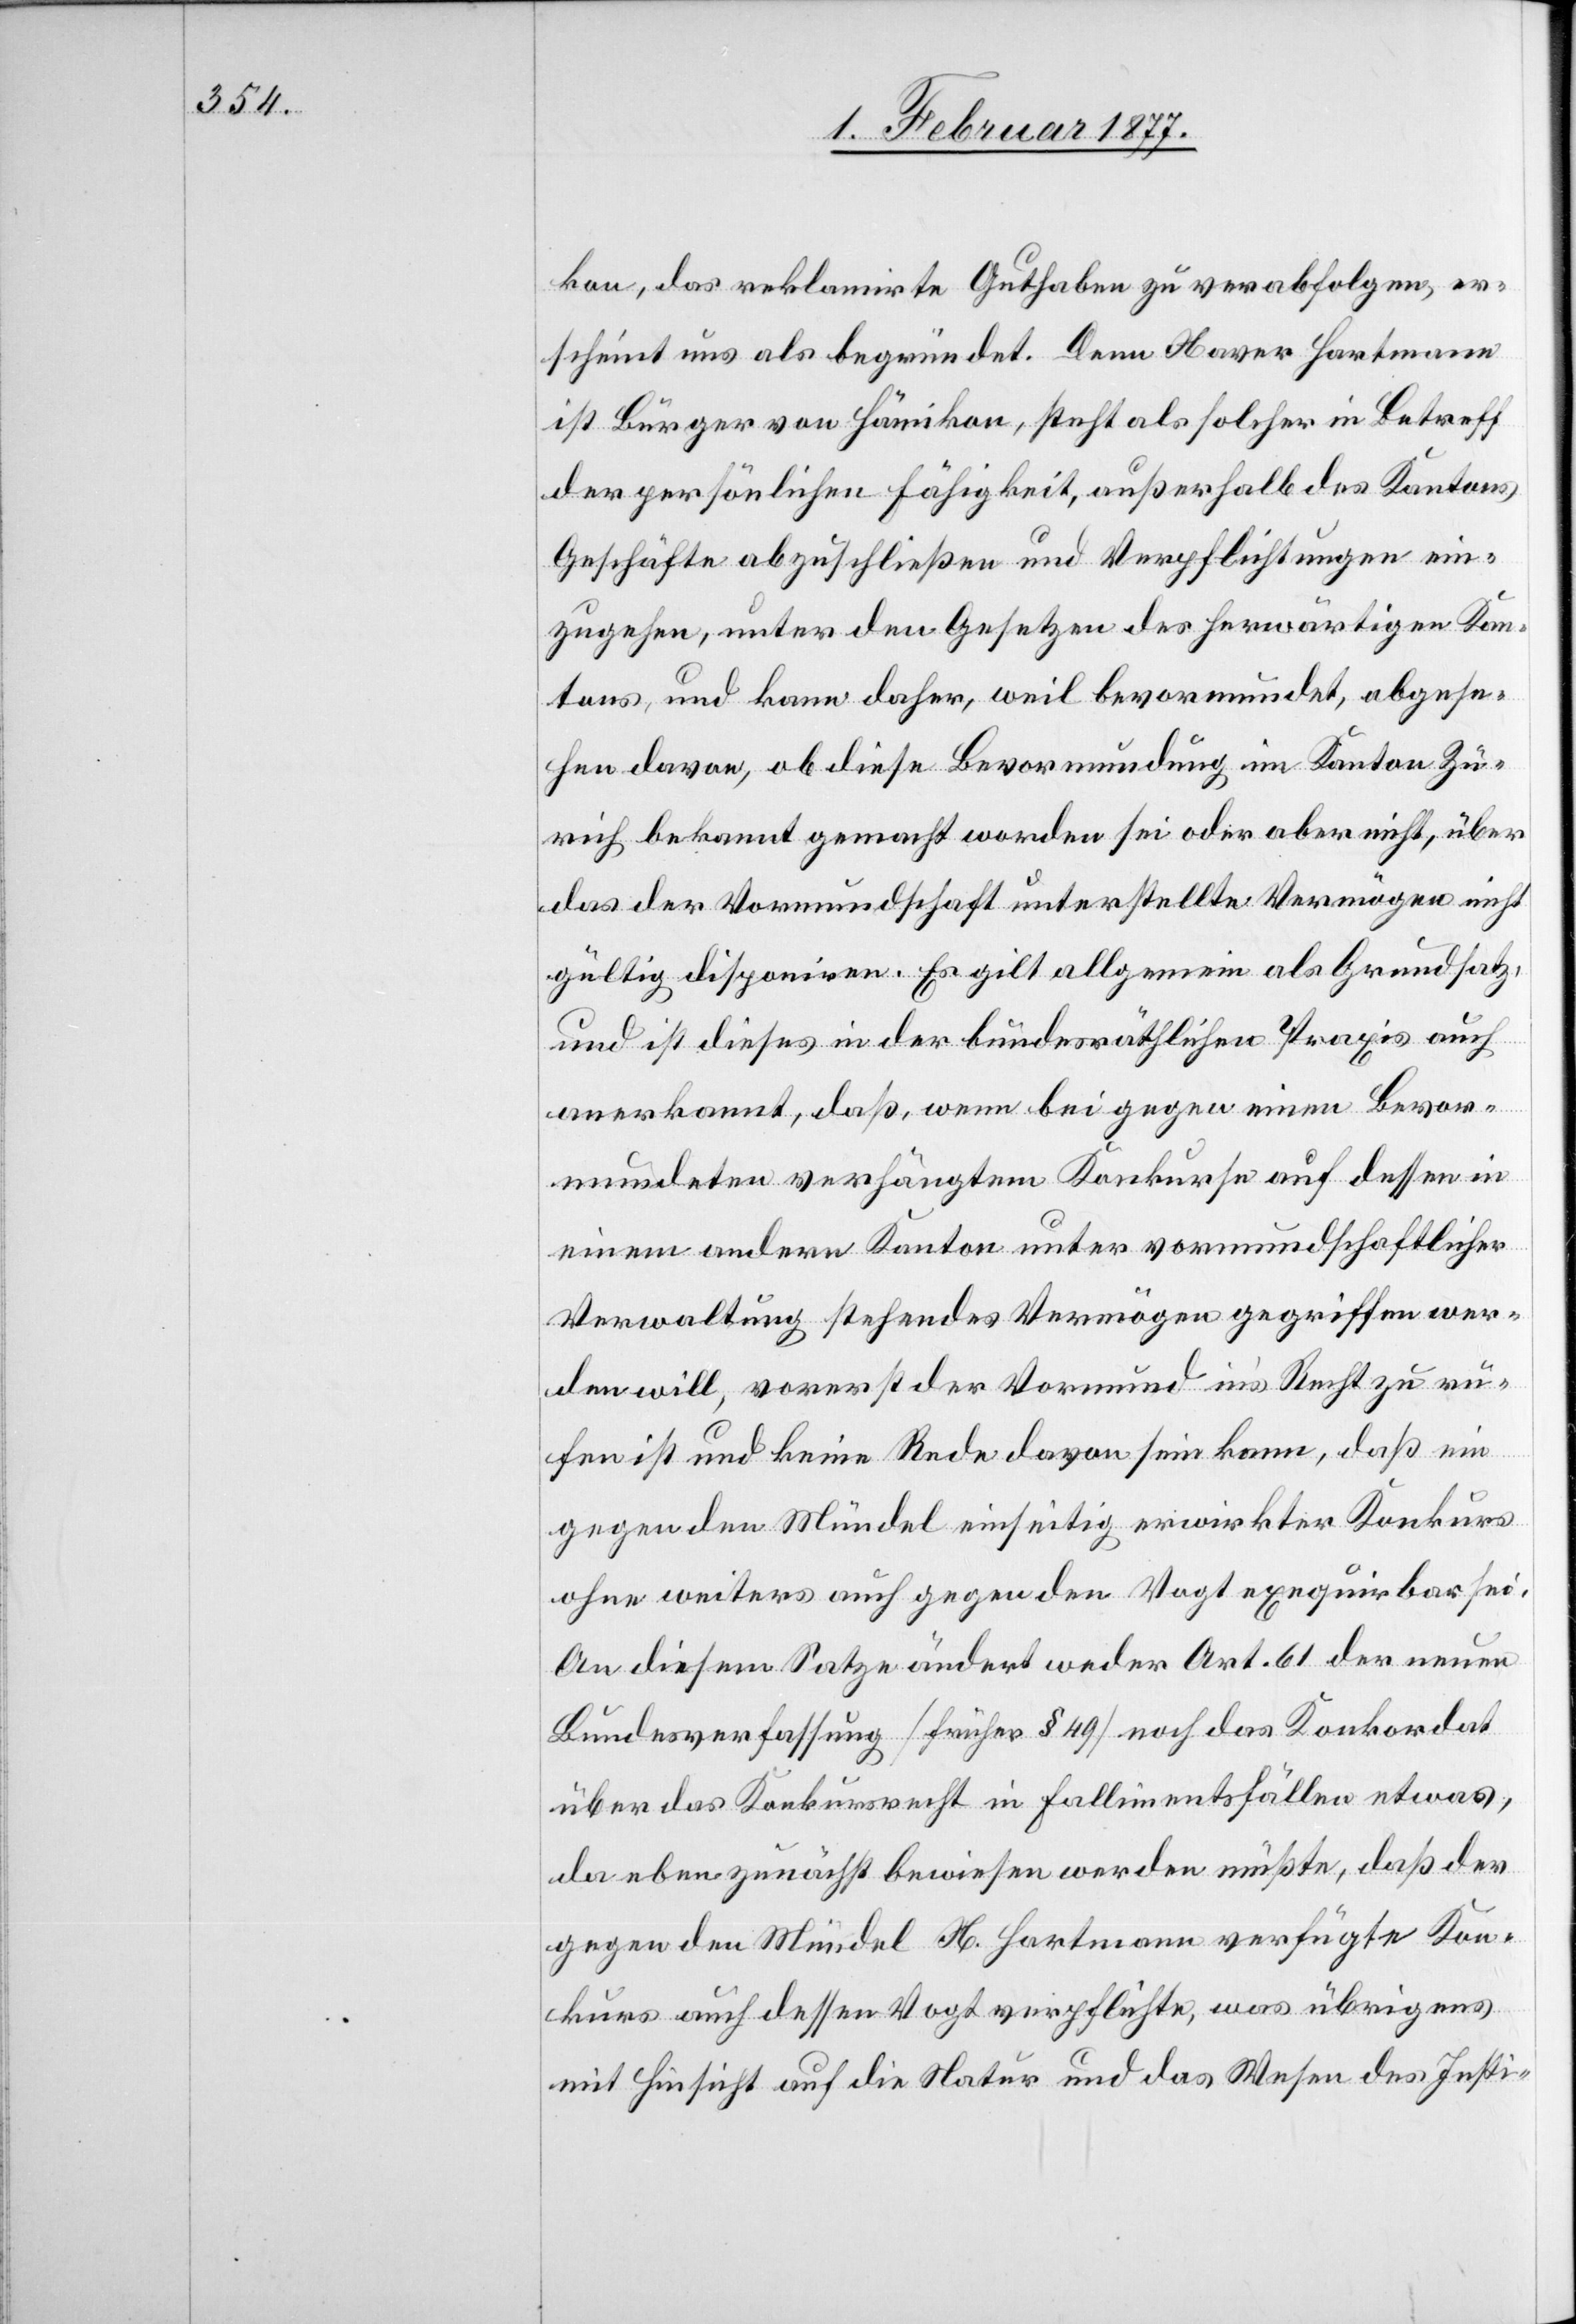
kon, das reklamirte Guthaben zu verabfolgen, er¬
scheint uns als begründet. Denn Xaver Hartmann
ist Bürger von Hämikon, steht als solcher im Betreff
der persönlichen Hörigkeit, außerhalb des Kantons
Geschäfte abzuschließen und Verpflichtungen ein¬
zugehen, unter den Gesetzen des herwärtigen Kan¬
tons, und kann daher, weil bevormundet, abgese¬
hen davon, ob diese Bevormundung im Kanton Zü¬
rich bekannt gemacht worden sei oder aber nicht, über
das der Vormundschaft unterstellte Vermögen nicht
gültig disponiren. Es gilt allgemein als Grundsatz,
und ist dieses in der bundesräthlichen Praxis auch
anerkannt, daß, wenn bei gegen einen Bevor¬
mundeten verhängtem Konkurse auf dessen in
einem andern Kanton unter vormundschaftlicher
Verwaltung stehendes Vermögen gegriffen wer¬
den will, vorerst der Vormund in’s Recht zu ru¬
fen ist und keine Rede davon sein kann, daß ein
gegen den Mündel einseitig erwirkter Konkurs
ohne weiters auch gegen den Vogt exequirbar sei.
An diesem Satze ändert weder Art. 61 der neuen
Bundesverfassung [früher § 49] noch das Konkordat
über das Konkursrecht in Fallimentsfällen etwas,
da eben zunächst bewiesen werden müßte, daß der
gegen den Mündel X. Hartmann verfügte Kon¬
kurs auch dessen Vogt verpflichte, was übrigens
mit Hinsicht auf die Natur und das Wesen des Insti-